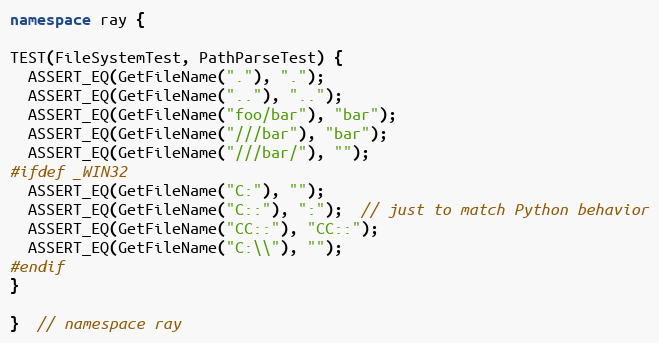
Language: C++
namespace ray {

TEST(FileSystemTest, PathParseTest) {
  ASSERT_EQ(GetFileName("."), ".");
  ASSERT_EQ(GetFileName(".."), "..");
  ASSERT_EQ(GetFileName("foo/bar"), "bar");
  ASSERT_EQ(GetFileName("///bar"), "bar");
  ASSERT_EQ(GetFileName("///bar/"), "");
#ifdef _WIN32
  ASSERT_EQ(GetFileName("C:"), "");
  ASSERT_EQ(GetFileName("C::"), ":");  // just to match Python behavior
  ASSERT_EQ(GetFileName("CC::"), "CC::");
  ASSERT_EQ(GetFileName("C:\\"), "");
#endif
}

}  // namespace ray